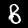
Label: 8